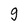
Character: g